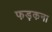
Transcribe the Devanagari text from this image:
फड़कना